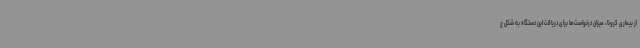
از بیماری کرونا، میزان درخواست‌ها برای دریاقت این دستگاه به شکل چ